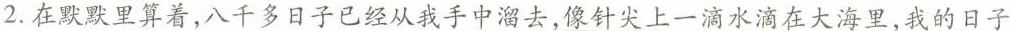
2.在默默里算着，八千多日子已经从我手中溜去，像针尖上一滴水滴在大海里，我的日子